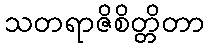
သတရာဇိစိတ္တိတာ